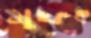
মুফৎ